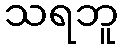
သရဘူ